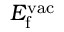
E _ { \mathrm { f } } ^ { \mathrm { v a c } }